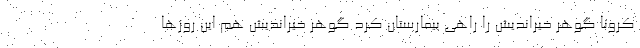
کرونا گوهر خیراندیش را راهی بیمارستان کرد گوهر خیراندیش هم این روزها